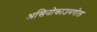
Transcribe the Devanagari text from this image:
असिनोकाउमरोल